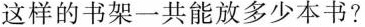
这样的书架一共能放多少本书?